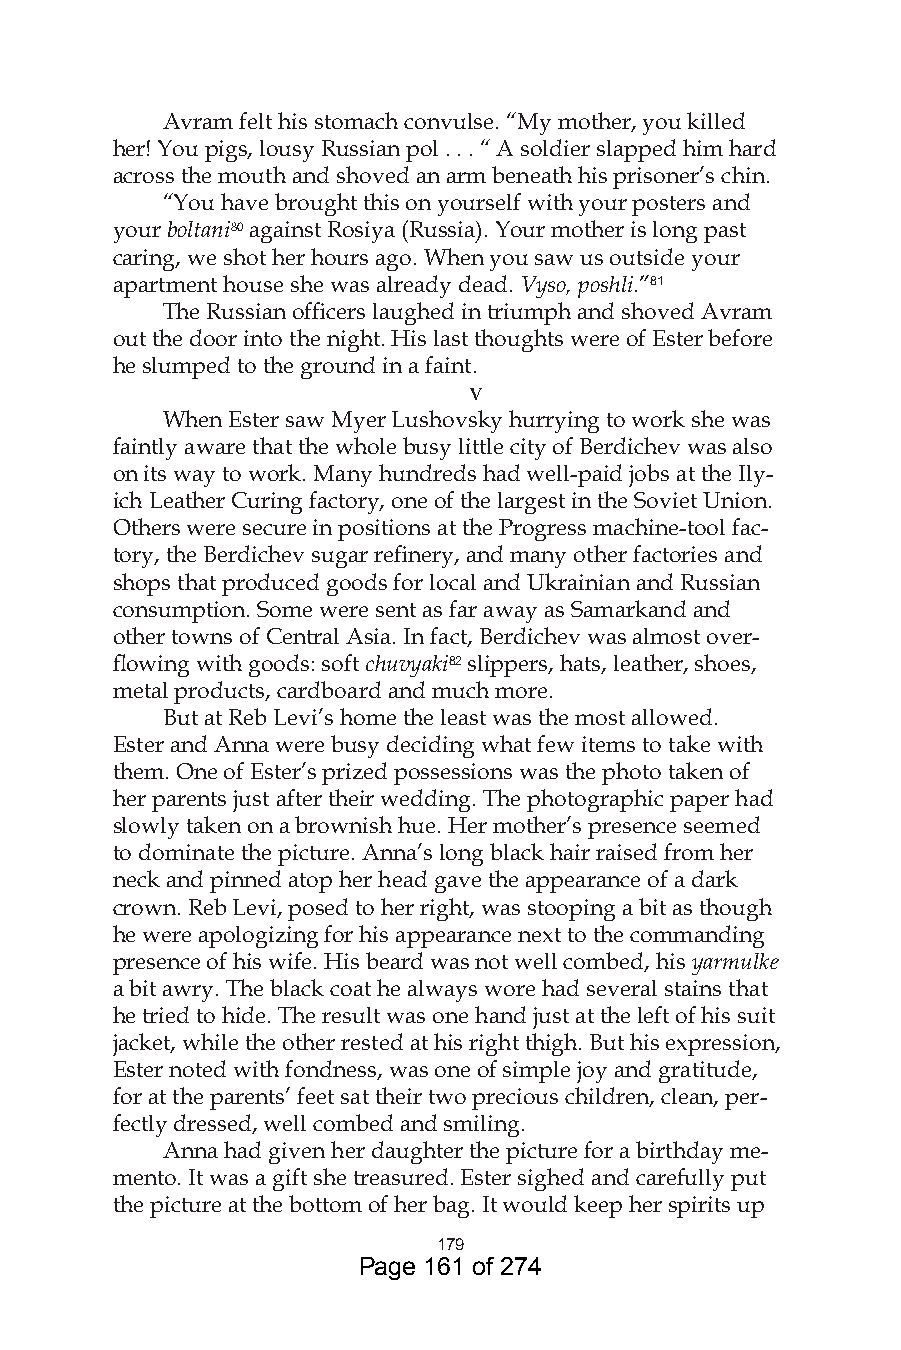
Avram felt his stomach convulse. “My mother, you killed
 her! You pigs, lousy Russian pol . . . “ A soldier slapped him hard
 across the mouth and shoved an arm beneath his prisoner’s chin.
 “You have brought this on yourself with your posters and
 your boltani80 against Rosiya (Russia). Your mother is long past
 caring, we shot her hours ago. When you saw us outside your
 apartment house she was already dead. Vyso, poshli.”8
 The Russian officers laughed in triumph and shoved Avram
 out the door into the night. His last thoughts were of Ester before
 he slumped to the ground in a faint.
 v
 When Ester saw Myer Lushovsky hurrying to work she was
 faintly aware that the whole busy little city of Berdichev was also
 on its way to work. Many hundreds had well-paid jobs at the Ily-
 ich Leather Curing factory, one of the largest in the Soviet Union.
 Others were secure in positions at the Progress machine-tool fac-
 tory, the Berdichev sugar refinery, and many other factories and
 shops that produced goods for local and Ukrainian and Russian
 consumption. Some were sent as far away as Samarkand and
 other towns of Central Asia. In fact, Berdichev was almost over-
 flowing with goods: soft chuvyaki8 slippers, hats, leather, shoes,
 metal products, cardboard and much more.
 But at Reb Levi’s home the least was the most allowed.
 Ester and Anna were busy deciding what few items to take with
 them. One of Ester’s prized possessions was the photo taken of
 her parents just after their wedding. The photographic paper had
 slowly taken on a brownish hue. Her mother’s presence seemed
 to dominate the picture. Anna’s long black hair raised from her
 neck and pinned atop her head gave the appearance of a dark
 crown. Reb Levi, posed to her right, was stooping a bit as though
 he were apologizing for his appearance next to the commanding
 presence of his wife. His beard was not well combed, his yarmulke
 a bit awry. The black coat he always wore had several stains that
 he tried to hide. The result was one hand just at the left of his suit
 jacket, while the other rested at his right thigh. But his expression,
 Ester noted with fondness, was one of simple joy and gratitude,
 for at the parents’ feet sat their two precious children, clean, per-
 fectly dressed, well combed and smiling.
 Anna had given her daughter the picture for a birthday me-
 mento. It was a gift she treasured. Ester sighed and carefully put
 the picture at the bottom of her bag. It would keep her spirits up
 79
 Page 161 of 274